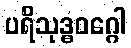
ပရိသုဒ္ဓဝဂ္ဂေါ